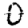
Digit: 0